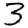
Digit: 3